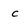
Character: c